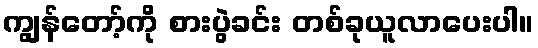
ကျွန်တော့်ကို စားပွဲခင်း တစ်ခုယူလာပေးပါ။